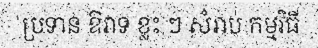
ប្រទាន ឱវាទ ខ្លះ ៗ សំរាប់ កម្មវិធី